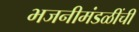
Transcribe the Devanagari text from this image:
भजनीमंडळींची